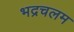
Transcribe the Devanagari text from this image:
भद्रचलम